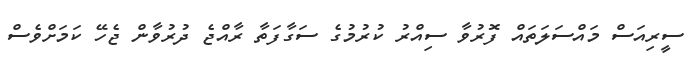
ސީރިއަސް މައްސަލަތައް ފޮރުވާ ސިއްރު ކުރުމުގެ ސަގާފަތާ ރާއްޖެ ދުރުވާން ޖެހޭ ކަމަށްވެސް